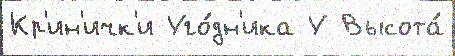
Кр'ин'ичк'и Уго́дн'ика У Высота́